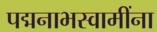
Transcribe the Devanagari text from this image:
पद्मनाभस्वामींना